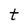
Character: t